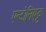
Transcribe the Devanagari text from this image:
एन्टोनिएट्ट